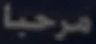
مرحبا